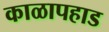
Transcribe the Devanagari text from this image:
काळापहाड